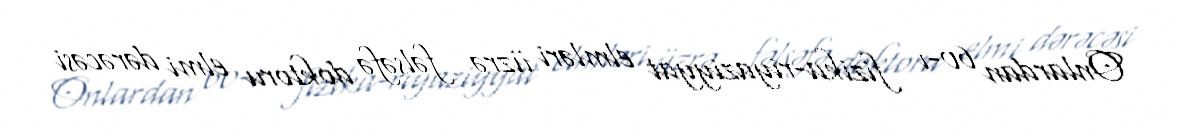
Onlardan 60-ı fizika-riyaziyyat elmləri üzrə fəlsəfə doktoru elmi dərəcəsi